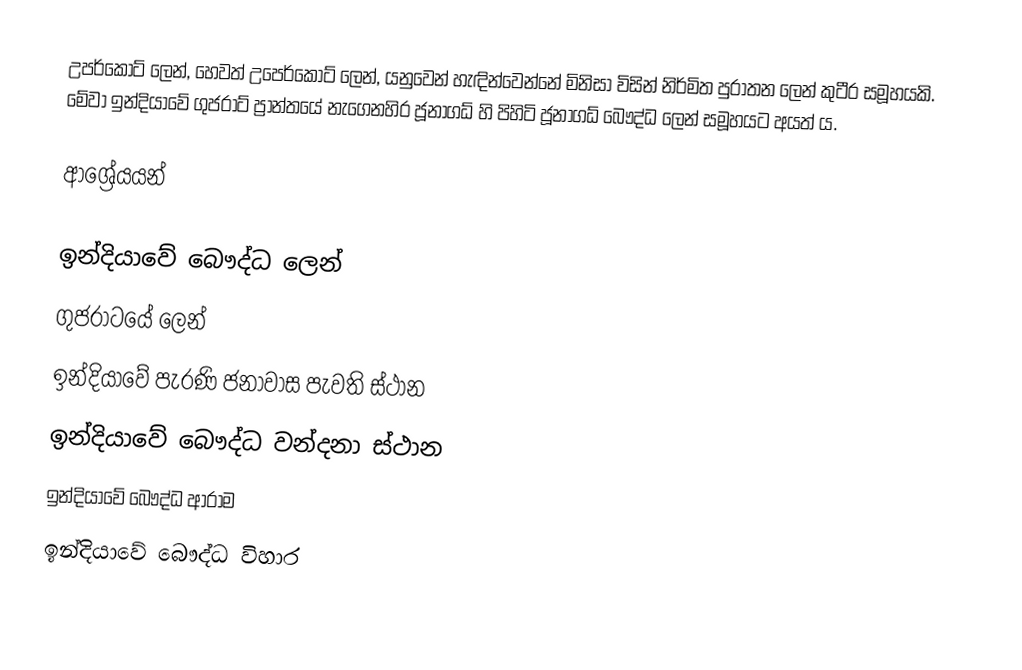
උපර්කෝට් ලෙන්, හෙවත් උපෙර්කෝට් ලෙන්, ‍යනුවෙන් හැඳින්වෙන්නේ මිනිසා විසින් නිර්මිත පුරාතන ලෙන් කුටීර සමූහයකි. මේවා ඉන්දියාවේ ගුජරාට් ප්‍රාන්තයේ නැගෙනහිර ජූනාගධ් හි පිහිටි ජූනාගධ් බෞද්ධ ලෙන් සමූහයට අයත් ය.

ආශ්‍රේයයන්

ඉන්දියාවේ බෞද්ධ ලෙන්
ගුජරාටයේ ලෙන්
ඉන්දියාවේ පැරණි ජනාවාස පැවති ස්ථාන
ඉන්දියාවේ බෞද්ධ වන්දනා ස්ථාන
ඉන්දියාවේ බෞද්ධ ආරාම
ඉන්දියාවේ බෞද්ධ විහාර